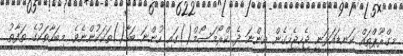
މިގްރޫޕްތައް ކަނޑައަޅަނީ ޖެހިޖެހިގެން އިންނަ ދެ ކްރޯމަސޯމް()ގައި ހުންނަ ބަހާ()ތަކަކުންނެވެ. މިބަހާތަކުގެ ތަފާތު